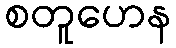
စတူဟေန